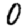
Digit: 0